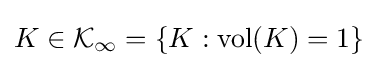
K\in {\mathcal {K_{1}}}=\{K:\mathrm {vol} (K)=1\}